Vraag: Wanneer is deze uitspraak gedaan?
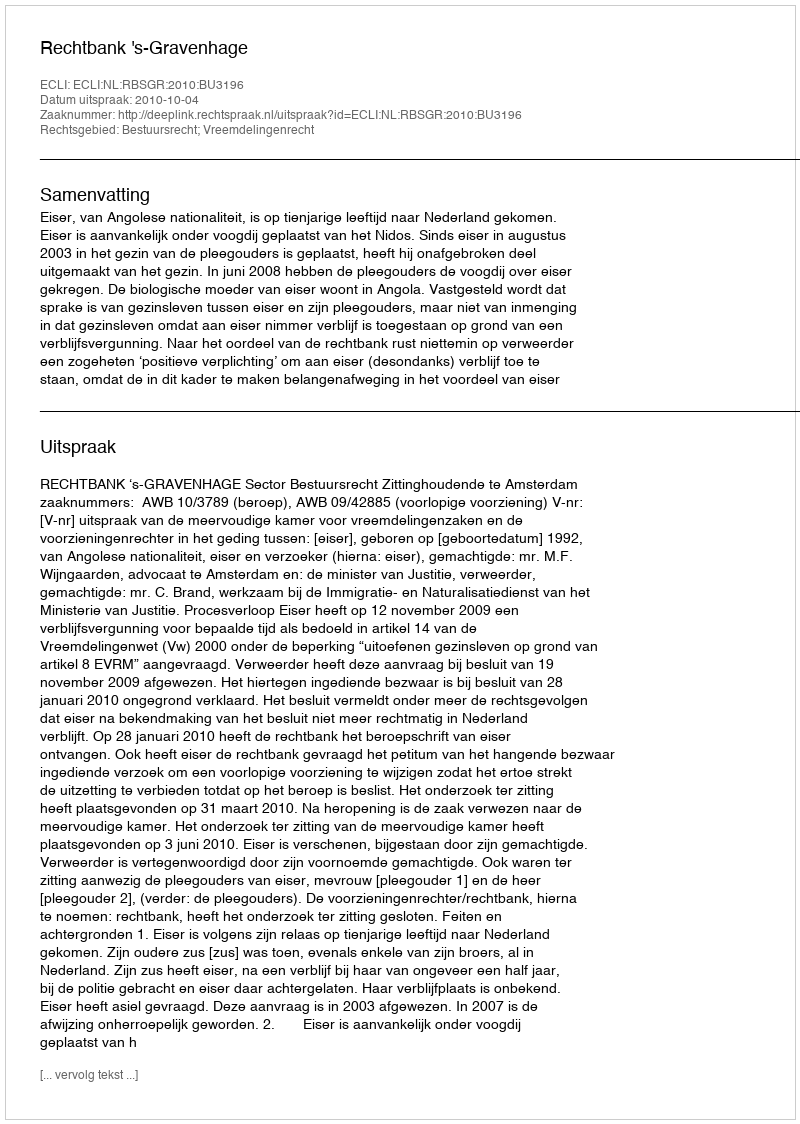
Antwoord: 2010-10-04